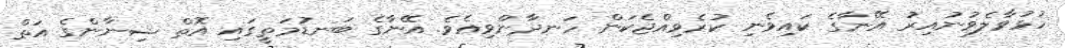
ހުޅުވާލެވުނުއިރު އޭނާގެ ކައިވެނި ކުރެވިއްޖެކަން ހަނދާންވިއެވެ. އޭނާގެ ބަނޑުމަތީގައި އޮތް ޝިނާންގެ އަތް